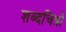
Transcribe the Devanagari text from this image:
शब्दचित्रों